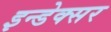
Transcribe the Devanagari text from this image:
इन्डेक्सर